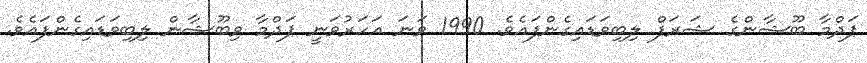
ޕަދްމާ ބޫޝާންގެ ޝަރަފް ލިބިވަޑައިގެންފައެވެ. 1990 ވަނަ އަހަރުވަނީ ޕަދްމާ ވިބޫޝާން ލިބިވަޑައިގެންފައެވެ.